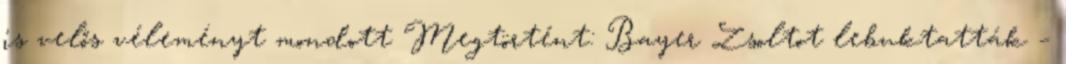
is velős véleményt mondott Megtörtént: Bayer Zsoltot lebuktatták –